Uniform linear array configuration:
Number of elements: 64
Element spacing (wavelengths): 0.25
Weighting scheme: hann
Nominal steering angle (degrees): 15
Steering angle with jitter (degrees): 13.573
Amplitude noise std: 0.05
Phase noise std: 0.05

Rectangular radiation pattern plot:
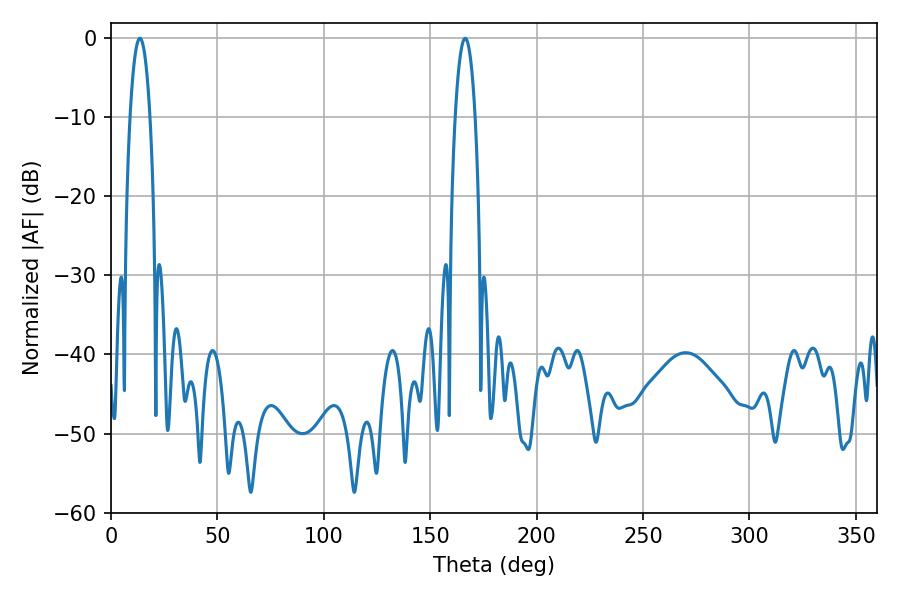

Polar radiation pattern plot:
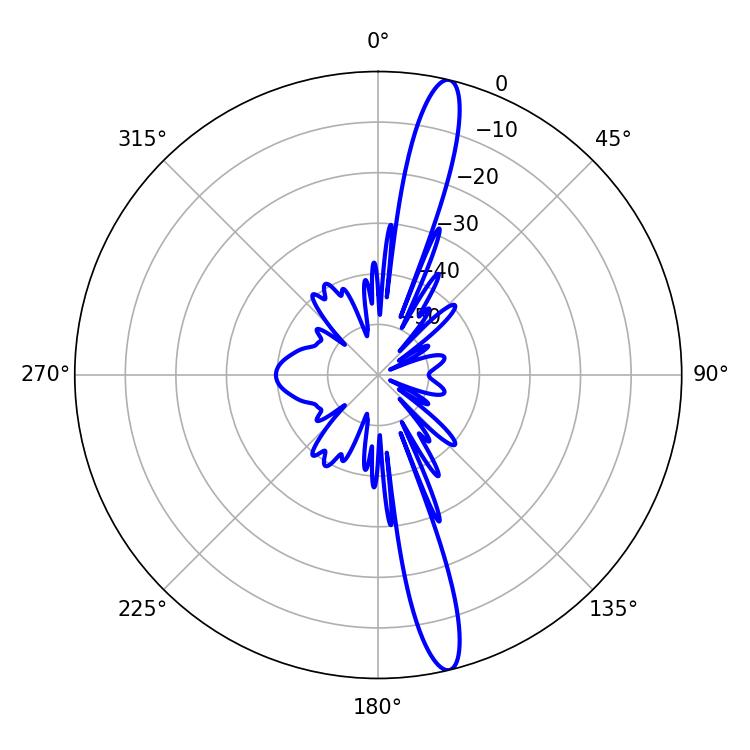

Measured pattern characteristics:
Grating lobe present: FALSE
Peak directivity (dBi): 16.389
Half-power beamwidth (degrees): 5.22
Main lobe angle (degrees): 13.5